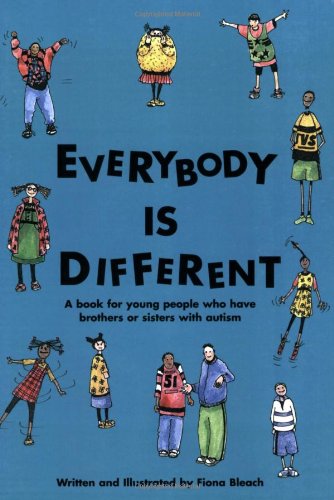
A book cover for Everybody Is Different: A Book for Young People Who Have Brothers or Sisters With Autism; Fiona Bleach; Parenting & Relationships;